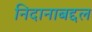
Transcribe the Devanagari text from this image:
निदानाबद्दल